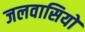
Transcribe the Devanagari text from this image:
जलवासियों